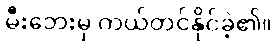
မီးဘေးမှ ကယ်တင်နိုင်ခဲ့၏။